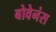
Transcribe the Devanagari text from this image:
बोवेनंस